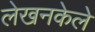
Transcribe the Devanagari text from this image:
लेखनकेले